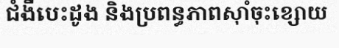
ជំងឺបេះដូង និងប្រពន្ធភាពស៊ាំចុះខ្សោយ